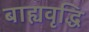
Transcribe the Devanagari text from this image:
बाह्यवृद्धि